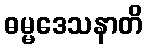
ဓမ္မဒေသနာတိ